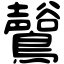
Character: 𪇟